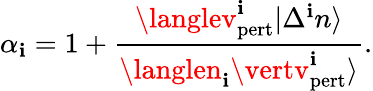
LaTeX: \alpha_{\mathbf{i}}=1+\frac{{\langlev_{\mathrm{{pert}}}^{\mathbf{i}}\vert\Delta^{\mathbf{i}}n\rangle}}{{\langlen_{\mathbf{i}}\vertv_{\mathrm{{pert}}}^{\mathbf{i}}\rangle}}.